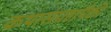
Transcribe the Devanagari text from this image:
कथासंग्रहांपैकी